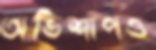
অভিশাপও